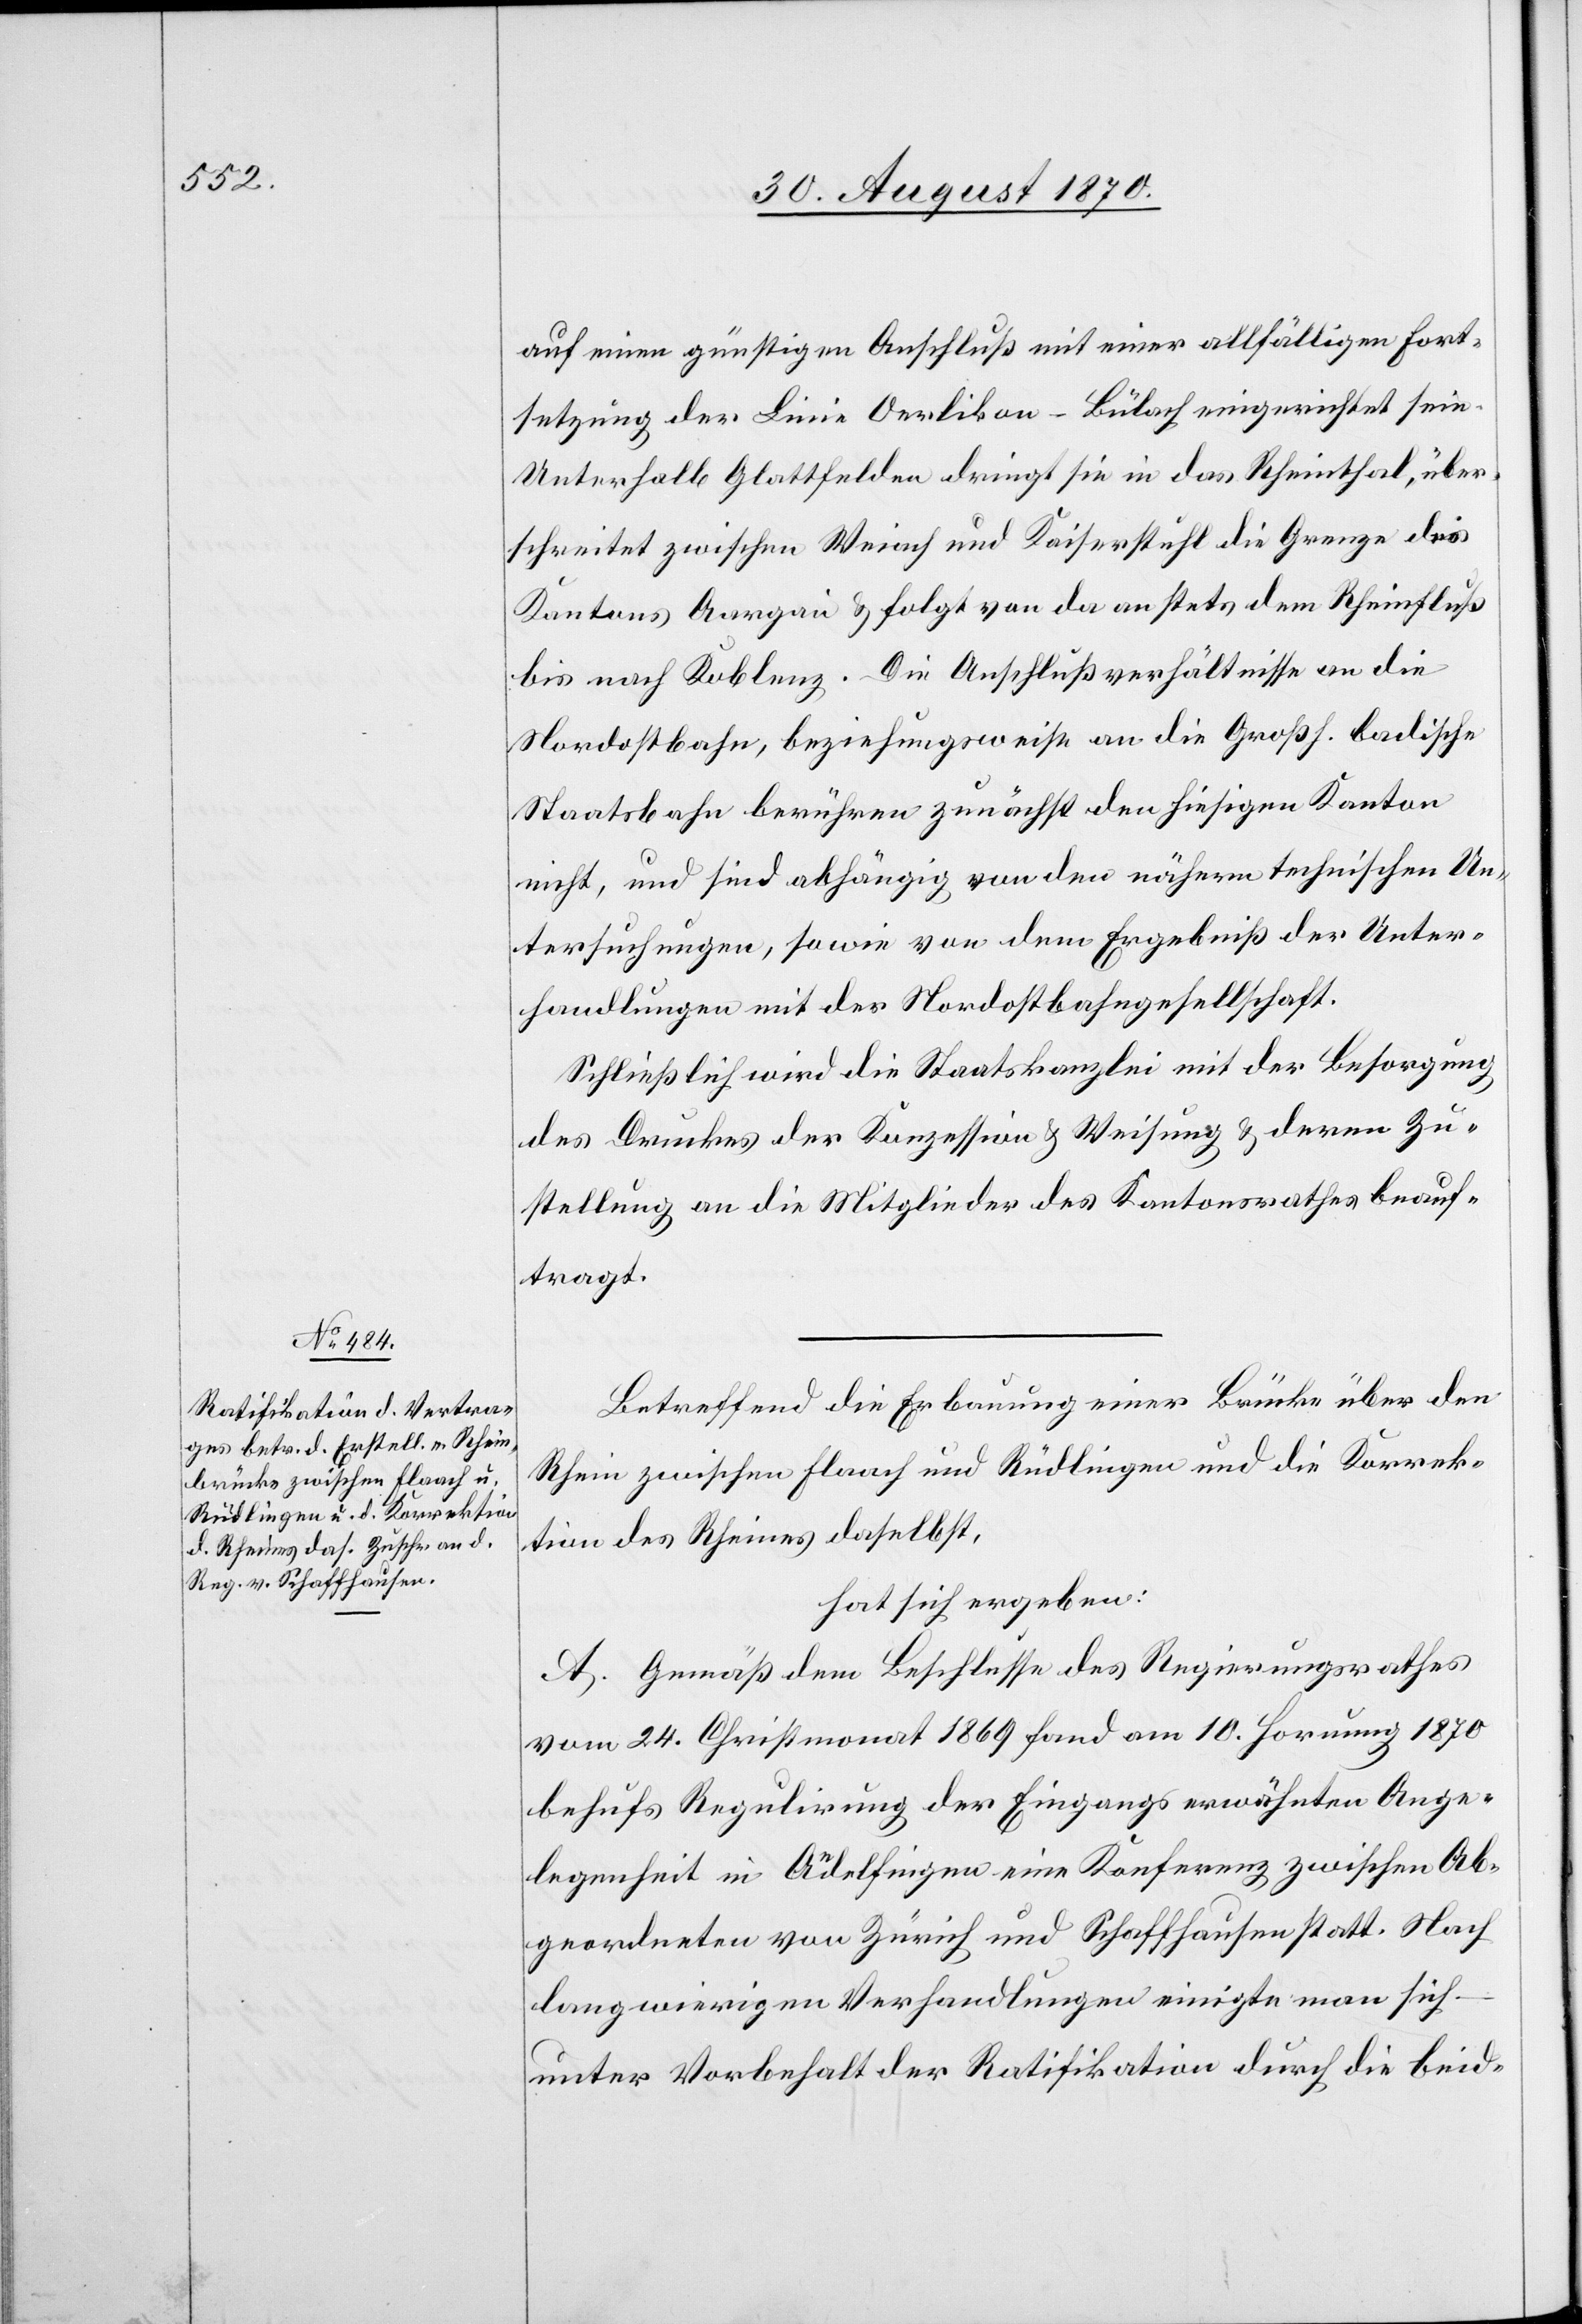
auf einen günstigen Anschluß mit einer allfälligen Fort¬
setzung der Linie Oerlikon–Bülach eingerichtet sein.
Unterhalb Glattfelden dringt sie in das Rheinthal, über¬
schreitet zwischen Weiach und Kaiserstuhl die Grenze des
Kantons Aargau & folgt von da an stets dem Rheinfluß
bis nach Koblenz. Die Anschlußverhältnisse an die
Nordostbahn, beziehungsweise an die Großh. Badische
Staatsbahn berühren zunächst den hiesigen Kanton
nicht, und sind abhängig von den nähern technischen Un¬
tersuchungen, sowie von dem Ergebniß der Unter¬
handlungen mit der Nordostbahngesellschaft.
Schließlich wird die Staatskanzlei mit der Besorgung
des Drucks der Konzession & Weisung & deren Zu¬
stellung an die Mitglieder des Kantonsrathes beauf¬
tragt.
Betreffend die Erbauung einer Brücke über den
Rhein zwischen Flaach und Rüdlingen und die Korrek¬
tion des Rheines daselbst,
hat sich ergeben:
A. Gemäß dem Beschlusse des Regierungsrathes
vom 24. Christmonat 1869 fand am 10. Hornung 1870
behufs Regulirung der Eingangs erwähnten Ange¬
legenheit in Andelfingen eine Konferenz zwischen Ab¬
geordneten von Zürich und Schaffhausen statt. Nach
langwierigen Verhandlungen einigte man sich
unter Vorbehalt der Ratifikation durch die beid-